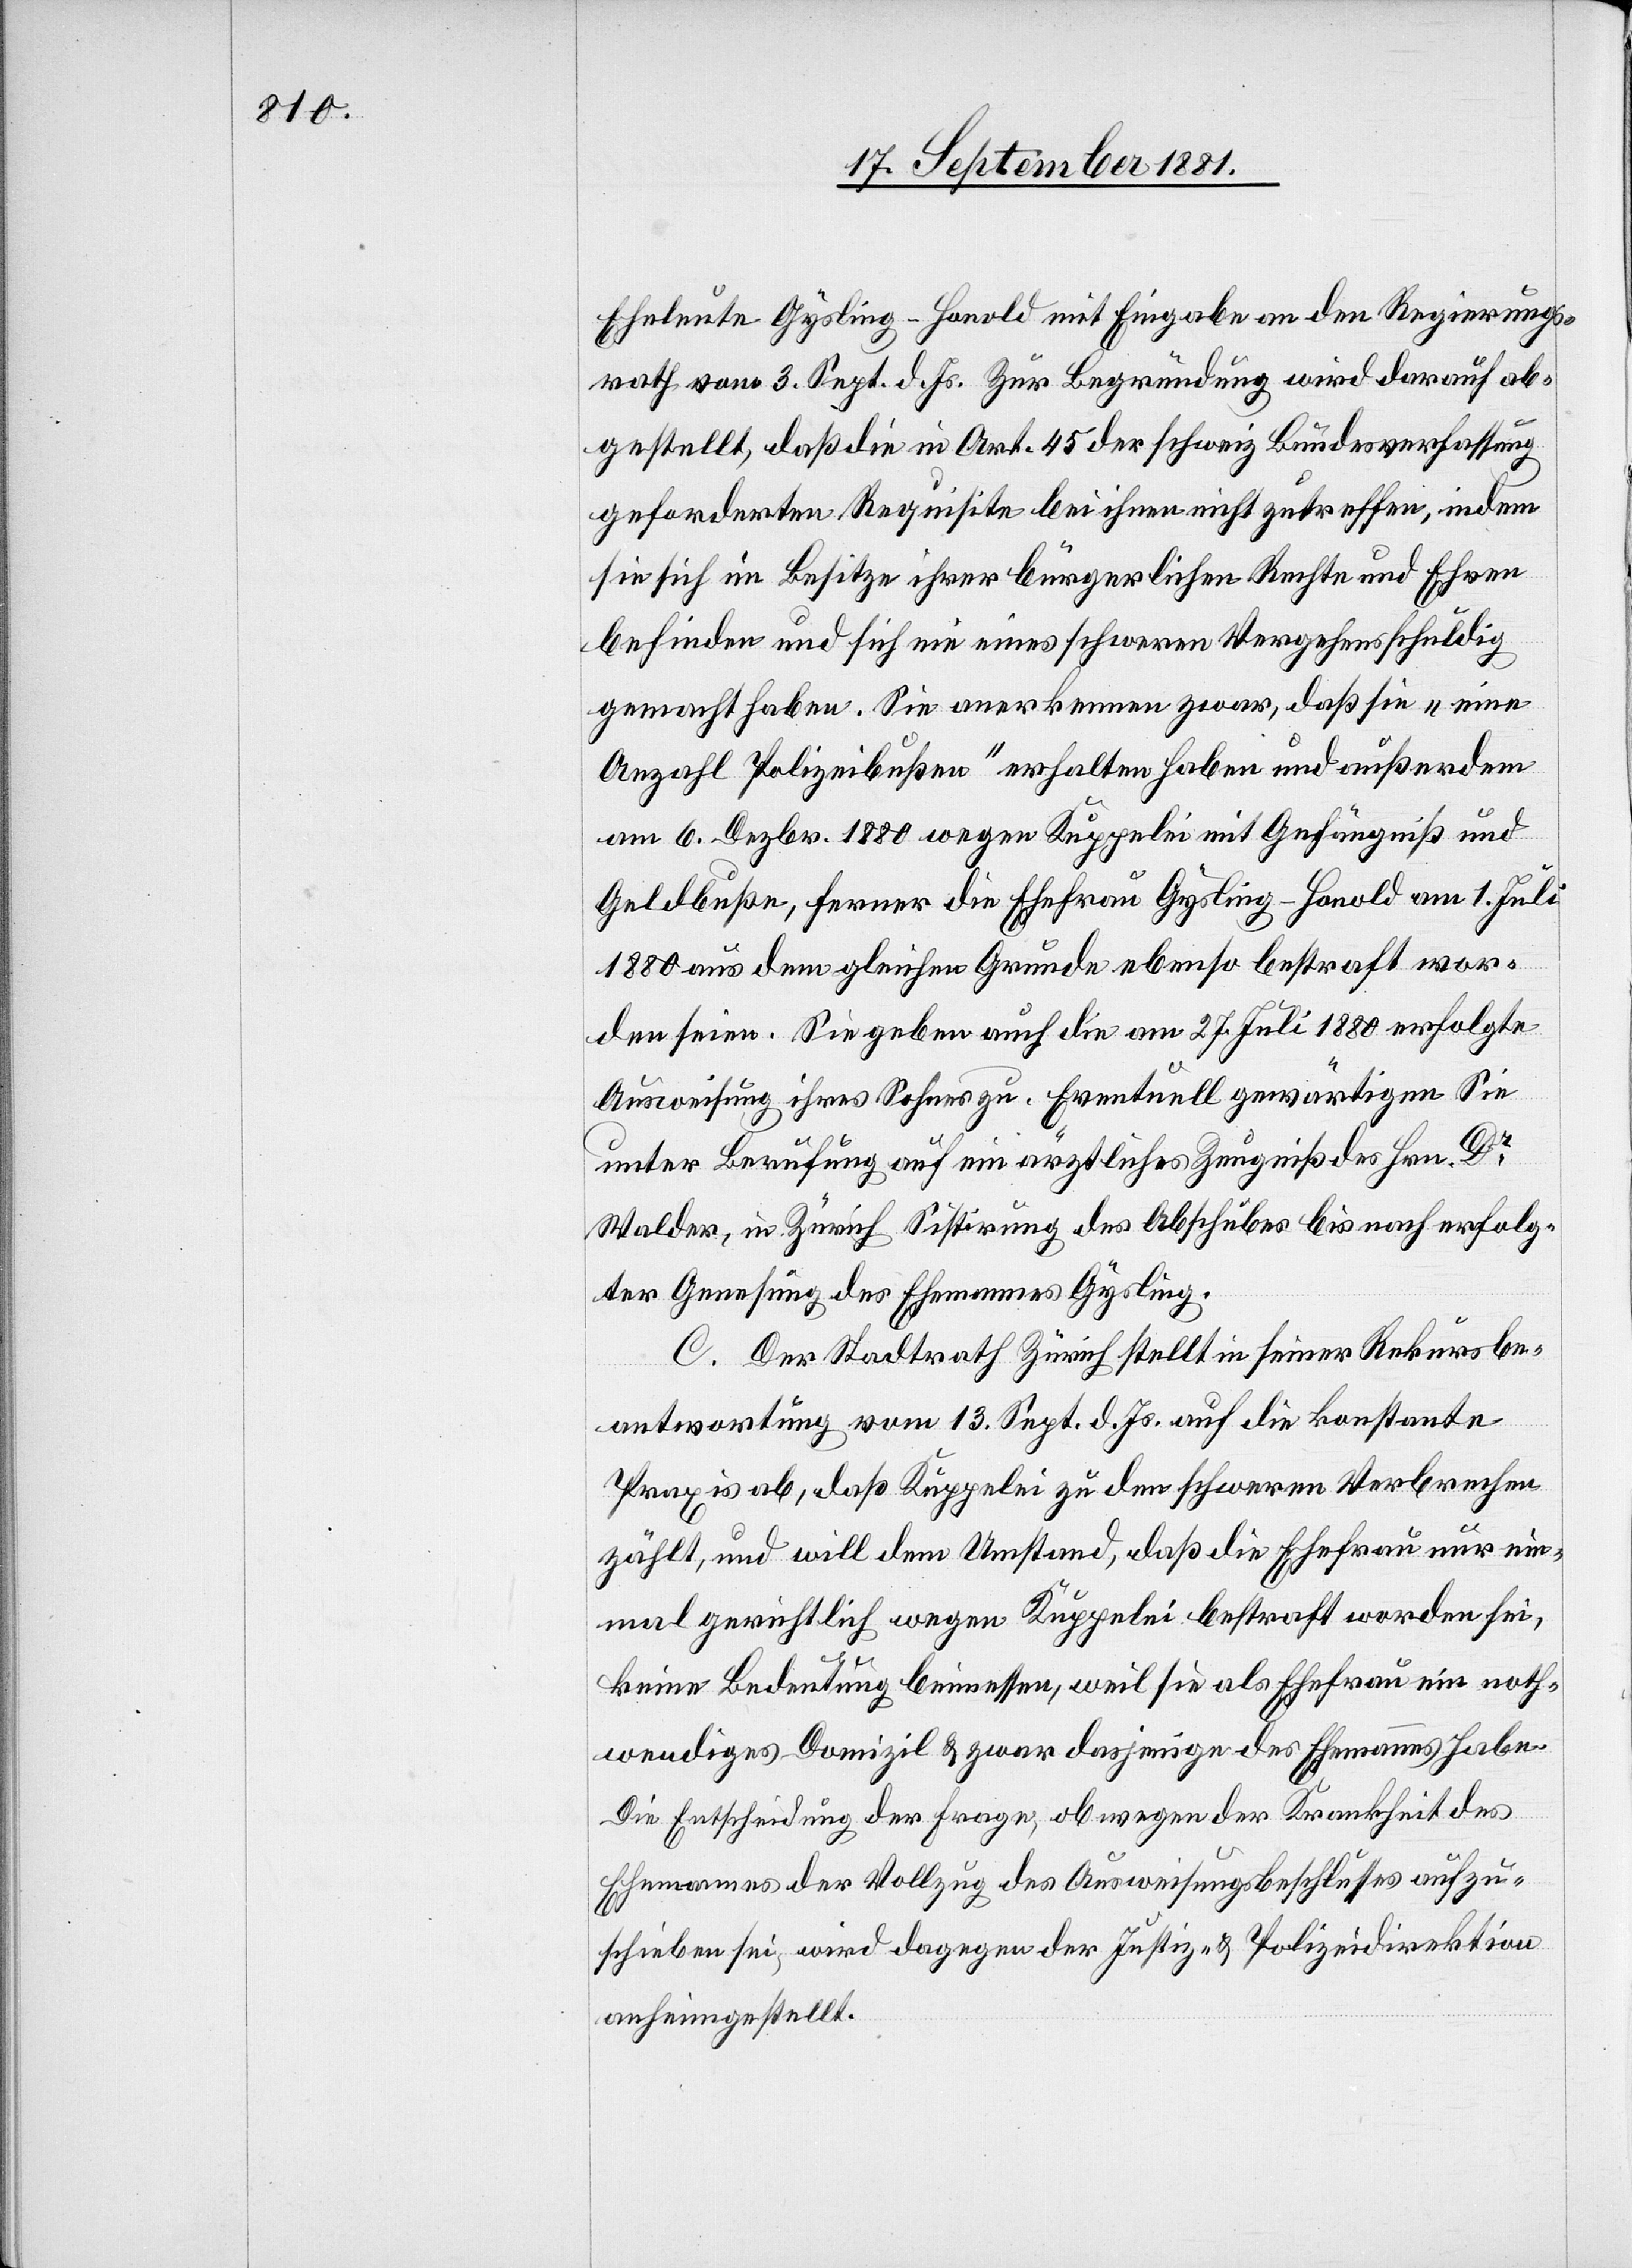
Eheleute Gysling-Honold mit Eingabe an den Regierungs¬
rath vom 3. Sept. d. Js.[.] Zur Begründung wird darauf ab¬
gestellt, daß die in Art. 45 der schweiz[.] Bundesverfassung
geforderten Requisite bei ihnen nicht zutreffen, indem
sie sich im Besitze ihrer bürgerlichen Rechte und Ehren
befinden und sich nie eines schweren Vergehens schuldig
gemacht haben. Sie anerkennen zwar, daß sie „eine
Anzahl Polizeibußen“ erhalten haben und außerdem
am 6. Dezbr. 1880 wegen Kuppelei mit Gefängniß und
Geldbußen, ferner die Ehefrau Gysling-Honold am 1. Juli
1880 aus dem gleichen Grunde ebenso bestraft wor¬
den seien. Sie geben auch die am 27. Juli 1880 erfolgte
Ausweisung ihres Sohnes zu. Eventuell gewärtigen Sie
unter Berufung auf ein ärztliches Zeugniß des Hrn. Dr
Walder, in Zürich[,] Sistirung des Abschubes bis nach erfolg¬
ter Genesung des Ehemannes Gysling.
C. Der Stadtrath Zürich stellt in seiner Rekursbe¬
antwortung vom 13. Sept. d. Js. auf die konstante
Praxis ab, daß Kuppelei zu dem schweren Verbrechen
zählt, und will dem Umstand, daß die Ehefrau nur ein¬
mal gerichtlich wegen Kuppelei bestraft worden sei,
keine Bedeutung beimessen, weil sie als Ehefrau ein noth¬
wendiges Domizil & zwar dasjenige des Ehemannes habe.
Die Entscheidung der Frage, ob wegen der Krankheit des
Ehemannes der Vollzug des Ausweisungsbeschlusses aufzu¬
schieben sei, wird dagegen der Justiz- & Polizeidirektion
anheimgestellt.